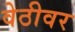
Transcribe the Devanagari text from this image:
वेठीवर